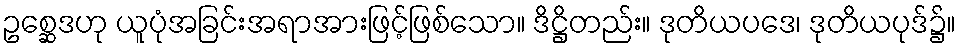
ဥစ္ဆေဒဟု ယူပုံအခြင်းအရာအားဖြင့်ဖြစ်သော။ ဒိဋ္ဌိတည်း။ ဒုတိယပဒေ၊ ဒုတိယပုဒ်၌။